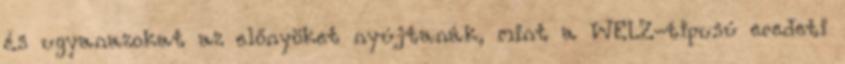
és ugyanazokat az előnyöket nyújtanák, mint a WELZ-tipusú eredeti